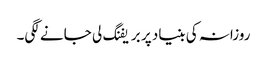
روزانہ کی بنیاد پر بریفنگ لی جانے لگی۔